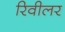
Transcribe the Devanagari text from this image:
रिवीलर